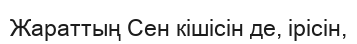
Жараттың Сен кішісін де, ірісін,